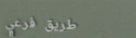
طريق فرعي